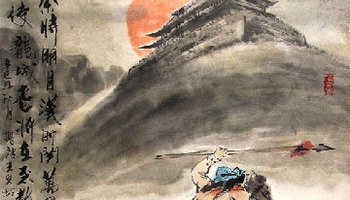
长风萧萧渡水来，归雁连连映天没。